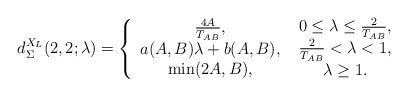
LaTeX: \begin{align*}d_\Sigma ^{{X_L}}(2,2;\lambda ) = \left\{ {\begin{array}{*{20}{c}}{{\textstyle{{4A} \over {{T_{AB}}}}},}\\{a(A,B)\lambda + b(A,B),}\\{\min (2A,B),}\end{array}} \right.\begin{array}{*{20}{c}}{0 \le \lambda \le {\textstyle{2 \over {{T_{AB}}}}},}\\{{\textstyle{2 \over {{T_{AB}}}}} < \lambda < 1,}\\{\lambda \ge 1.}\end{array}\end{align*}